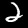
Label: 2